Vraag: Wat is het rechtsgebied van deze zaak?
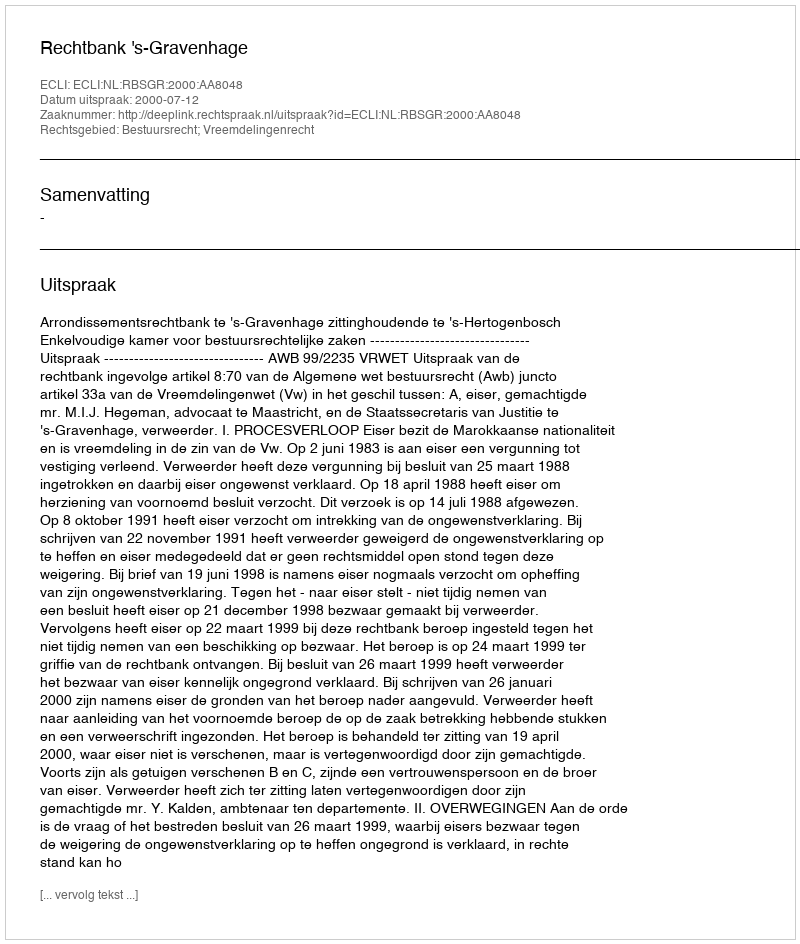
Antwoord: Bestuursrecht; Vreemdelingenrecht